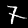
Digit: 7